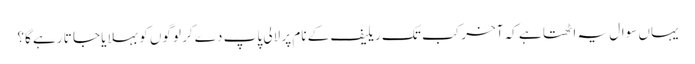
یہاں سوال یہ اٹھتا ہے کہ آخر کب تک ریلیف کے نام پر لالی پاپ دے کر لوگوں کو بہلایا جا تا رہے گا؟